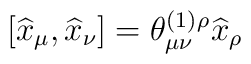
\left[  \widehat{x}_{\mu}, \widehat{x}_{\nu} \right]=\theta_{\mu\nu}^{(1)}  {}^{\rho}\widehat{x}_{\rho}